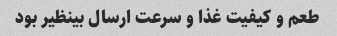
طعم و کیفیت غذا و سرعت ارسال بینظیر بود